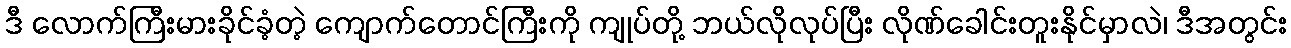
ဒီ လောက်ကြီးမားခိုင်ခံ့တဲ့ ကျောက်တောင်ကြီးကို ကျုပ်တို့ ဘယ်လိုလုပ်ပြီး လိုဏ်ခေါင်းတူးနိုင်မှာလဲ၊ ဒီအတွင်း